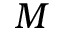
M